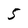
Character: 5